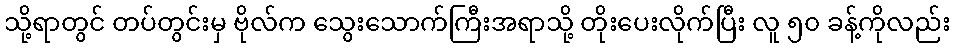
သို့ရာတွင် တပ်တွင်းမှ ဗိုလ်က သွေးသောက်ကြီးအရာသို့ တိုးပေးလိုက်ပြီး လူ ၅၀ ခန့်ကိုလည်း